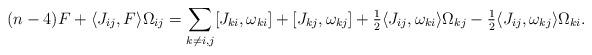
LaTeX: \begin{align*}(n-4) F + \langle J_{ij}, F\rangle \Omega_{ij}=\sum_{k\neq i,j}[J_{ki},\omega_{ki}] + [J_{kj},\omega_{kj}]+ \tfrac 12\langle J_{ij}, \omega_{ki}\rangle \Omega_{kj}- \tfrac 12 \langle J_{ij}, \omega_{kj}\rangle \Omega_{ki}.\end{align*}